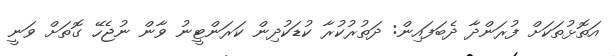
އަތޮޅުތަކަށް ފުރަންދާ ދެބަފައިން: ދަތުރުކުރާ ކުޑަކުދިން ކަރަންޓީނު ވާން ނުޖެހޭ ގޮތަށް ވަނީ